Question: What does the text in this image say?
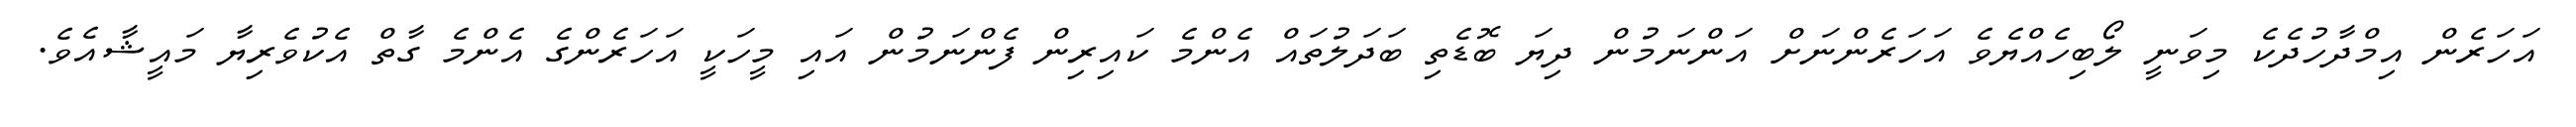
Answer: އަހަރެން އިމްދާހުދެކެ މިވަނީ ލޯބިހެއްޔެވެ އަހަރެންނަށް އަންނަމުން ދިޔަ ބޮޑެތި ބަދަލުތައް އެންމެ ކައިރިން ފެންނަމުން އައި މީހަކީ އަހަރެންގެ އެންމެ ގާތް އެކުވެރިޔާ މައީޝާއެވެ.